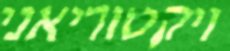
ויקטוריאני